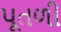
પૂતળી